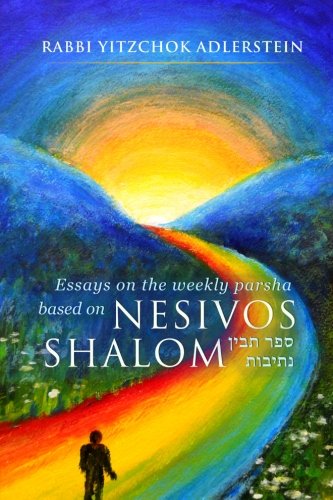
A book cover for Nesivos Shalom: Thoughts on the weekly parshah taken from the Nesivos Shalom of the Slonimer Rebbe zt"l; Yitzchok Adlerstein; Religion & Spirituality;